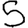
Digit: 5